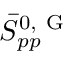
\bar { S } _ { p p } ^ { 0 , \mathrm { ~ G ~ } }